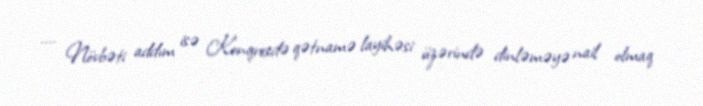
.... Növbəti addım isə Konqresdə qətnamə layihəsi üzərində dinləməyə nail olmaq